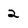
Character: 2